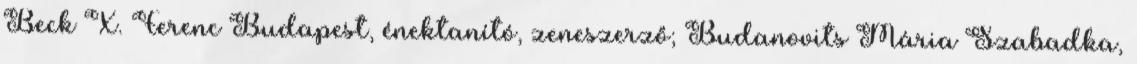
Beck X. Ferenc Budapest, énektanító, zeneszerző; Budanovits Mária Szabadka,